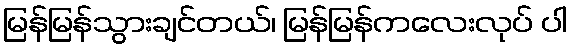
မြန်မြန်သွားချင်တယ်၊ မြန်မြန်ကလေးလုပ် ပါ